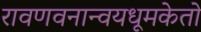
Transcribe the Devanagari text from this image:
रावणवनान्वयधूमकेतो